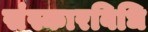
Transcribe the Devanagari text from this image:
संस्कारविधि